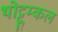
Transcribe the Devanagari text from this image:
थोट्टूम्कल